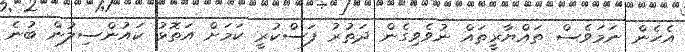
އެހެން ނަމަވެސް ތައްޔާރީތައް ނުވެވިގެން ދަތުރު ފަސްކުރީ ކަމަށް އަތޮޅު ކައުންސިލުން ބުނެ